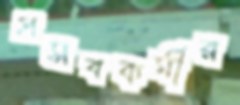
প্রসবকর্মীর